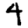
Digit: 4